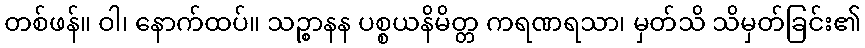
တစ်ဖန်။ ဝါ၊ နောက်ထပ်။ သဉ္စာနန ပစ္စယနိမိတ္တ ကရဏရသာ၊ မှတ်သိ သိမှတ်ခြင်း၏